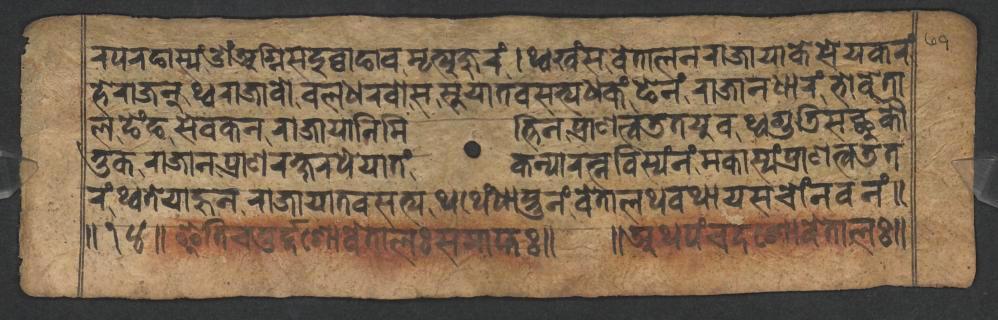
𑐬𑐥𑐬𑐒𑐵𑐳𑑂𑐫𑑄𑐌𑑄𑐀𑐐𑑂𑐣𑐶𑐳𑐡𑐸𑐧𑑂𑐰𑐵𑐒𑐵𑐰𑐩𑐺𑐟𑑂𑐫𑐸𑐖𑐸𑐬𑑄𑑋𑐠𑑂𑐰𑐏𑑄𑐳𑐰𑐾𑐟𑐵𑐮𑐣𑐬𑐵𑐖𑐵𑐫𑐵𑐎𑐾𑐳𑐾𑐫𑐎𑐬𑑄 𑐴𑐾𑐬𑐵𑐖𑐣𑑂𑐠𑑂𑐰𑐬𑐵𑐖𑐵𑐰𑑀𑐧𑐮𑐢𑐬𑐰𑑀𑐳𑐹𑐫𑐵𑐟𑐰𑐳𑐟𑑂𑐫𑐢𑐎𑑄𑐒𑐾𑐣𑑄𑐬𑐵𑐖𑐵𑐣𑐢𑐵𑐬𑑄𑐨𑑀𑐰𑐾𑐟𑐵 𑐮𑐒𑐾𑑄𑐒𑐳𑐾𑐰𑐎𑐣𑐬𑐵𑐖𑐵𑐫𑐵𑐣𑐶𑐩𑐶𑐟𑑂𑐟𑐶𑐣𑐥𑑂𑐬𑐵𑐞𑐟𑑂𑐰𑐜𑐟𑐫𑐸𑐰𑐠𑑂𑐰𑐐𑐸𑐜𑐶𑐳𑐕𑐸𑐎𑑁 𑐟𑐸𑐎𑐬𑐵𑐖𑐵𑐣𑐥𑑂𑐬𑐵𑐞𑐬𑐎𑑂𑐲𑐬𑐥𑐾𑐫𑐵𑐟𑑄𑐎𑐣𑑂𑐫𑐵𑐬𑐟𑑂𑐣𑐧𑐶𑐳𑑂𑐫𑑄𑐣𑑄𑐩𑐎𑐵𑐳𑑂𑐫𑑄𑐥𑑂𑐬𑐵𑐞𑐟𑑂𑐰𑐜𑐟 𑐬𑑄𑐠𑑂𑐰𑐟𑐾𑐫𑐵𑐴𑐸𑐣𑐬𑐵𑐖𑐵𑐫𑐵𑐟𑐰𑐳𑐟𑑂𑐫𑐠𑐠𑐾𑑄𑐢𑐵𑐳𑑂𑐟𑐸𑐣𑑄𑐰𑐾𑐟𑐵𑐮𑐠𑐰𑐠𑐵𑐫𑐳𑐔𑑀𑑄𑐣𑐰𑐣𑑄𑑌 𑑌𑑑𑑔𑑌𑐂𑐟𑐶𑐔𑐟𑐸𑐬𑑂𑐡𑑂𑐡𑐱𑑀𑐰𑐾𑐟𑐵𑐮𑑅𑐳𑐩𑐵𑐥𑑂𑐟𑑅𑑌 𑑌𑐀𑐠𑐥𑑄𑐔𑐡𑐱𑑀𑐰𑐾𑐟𑐵𑐮𑑅𑑌